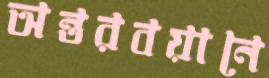
অন্তরবয়ানে